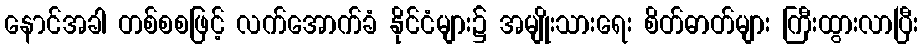
နောင်အခါ တစ်စစဖြင့် လက်အောက်ခံ နိုင်ငံများ၌ အမျိုးသားရေး စိတ်ဓာတ်များ ကြီးထွားလာပြီး